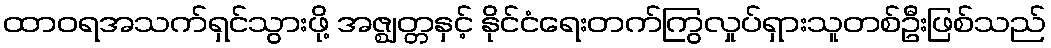
ထာဝရအသက်ရှင်သွားဖို့ အဇ္ဈတ္တနှင့် နိုင်ငံရေးတက်ကြွလှုပ်ရှားသူတစ်ဦးဖြစ်သည်